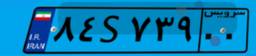
۳۹S۳۱۰۱۹